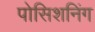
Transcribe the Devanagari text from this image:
पोसिशनिंग